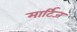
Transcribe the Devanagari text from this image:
मार्टिज